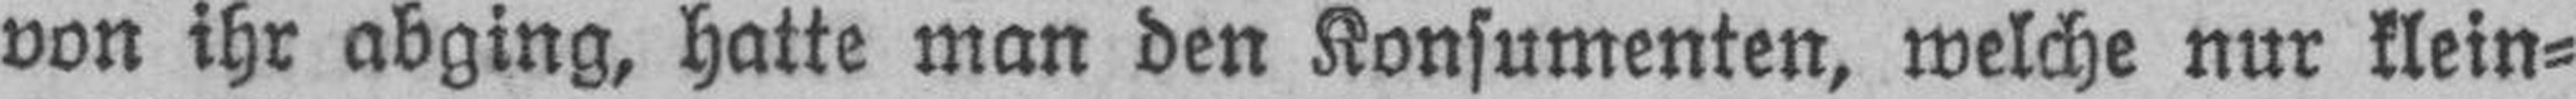
von ihr abging, hatte man den Konsumenten, welche nur klein¬